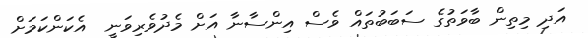
އަދި މިތިން ބާވަތުގެ ސަބަބުތައް ވެސް އިންސާނާ އަށް މެދުވެރިވަނީ  އެކަންކަމަށް